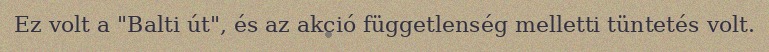
Ez volt a "Balti út", és az akció függetlenség melletti tüntetés volt.